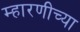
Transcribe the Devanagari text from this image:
म्हारणीच्या